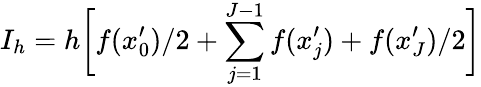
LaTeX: I_{h}=h\bigg[f(x_{0}^{\prime})/2+\sum_{j=1}^{J-1}f(x_{j}^{\prime})+f(x_{J}^{\prime})/2\bigg]